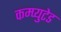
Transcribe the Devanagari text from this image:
कम्प्युटेड